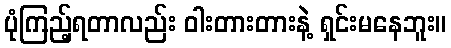
ပုံကြည့်ရတာလည်း ဝါးတားတားနဲ့ ရှင်းမနေဘူး။